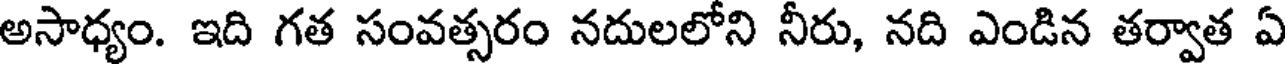
అసాధ్యం. ఇది గత సంవత్సరం నదులలోని నీరు, నది ఎండిన తర్వాత ఏ